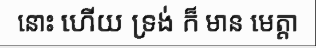
នោះ ហើយ ទ្រង់ ក៏ មាន មេត្តា